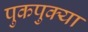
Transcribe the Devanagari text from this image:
पुकपुक्या